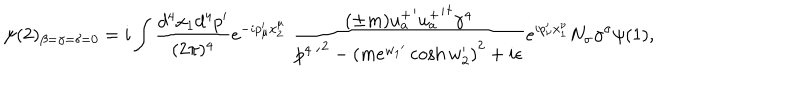
\psi ( 2 ) _ { \beta = \gamma = \delta = 0 } = i \int \frac { d ^ { 4 } x _ { 1 } d ^ { 4 } p ^ { \prime } } { ( 2 \pi ) ^ { 4 } } e ^ { - i p _ { \mu } ^ { \prime } x _ { 2 } ^ { \mu } } \; \frac { ( \pm m ) { u _ { a } ^ { + } } ^ { \prime } { { u _ { a } ^ { + } } ^ { \prime } } ^ { \dagger } \gamma ^ { 4 } } { { p ^ { 4 \; \prime } } ^ { 2 } - { ( m e ^ { { w _ { 1 } } ^ { \prime } } \cosh w _ { 2 } ^ { \prime } ) } ^ { 2 } + i \epsilon } e ^ { i p _ { \nu } ^ { \prime } x _ { 1 } ^ { \nu } } N _ { \sigma } \gamma ^ { \sigma } \psi ( 1 ) ,